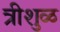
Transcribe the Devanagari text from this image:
त्रीशुळ